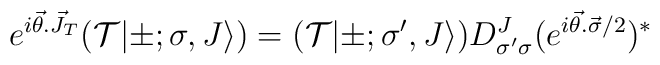
e^{i \vec{\theta}.\vec{J}_T}({\cal T}		|\pm;\sigma,J \rangle )=({\cal T}|\pm;{\sigma}',J \rangle		)D^J_{{\sigma}'{\sigma}}(e^{i \vec{\theta}.\vec{\sigma}/2})^*